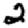
Digit: 2